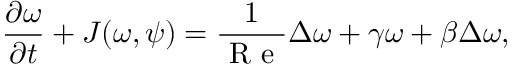
\frac { \partial \omega } { \partial t } + J ( \omega , \psi ) = \frac { 1 } { \mathrm { ~ R ~ e ~ } } \Delta \omega + \gamma \omega + \beta \Delta \omega ,